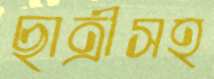
ছাত্রীসহ